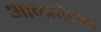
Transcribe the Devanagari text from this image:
आन्त्रवेधन